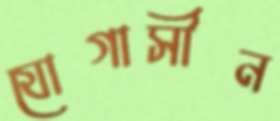
যোগাসীন